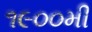
૧૯૦૦મી